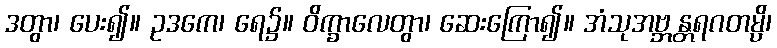
ဒတွာ၊ ပေး၍။ ဥဒကေ၊ ရေ၌။ ဝိက္ခာလေတွာ၊ ဆေးကြော၍။ အံသုအဗ္ဘန္တရဂတမ္ပိ၊